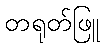
တရုတ်ဖြူ